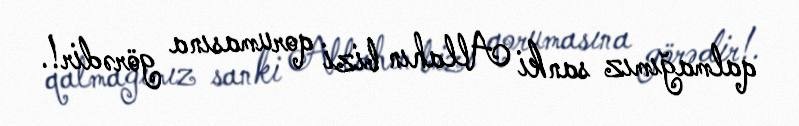
qalmağımız sanki Allahın bizi qorumasına görədir!.